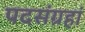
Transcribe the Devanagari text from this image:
पदसंग्रहां